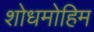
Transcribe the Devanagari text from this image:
शोधमोहिम